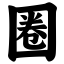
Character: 圈